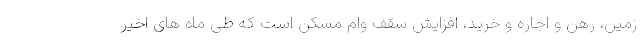
زمین، رهن و اجاره و خرید، افزایش سقف وام مسکن است که طی ماه های اخیر